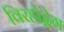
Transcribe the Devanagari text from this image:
विरहोद्वेग